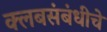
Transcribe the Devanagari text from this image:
क्लबसंबंधीचे